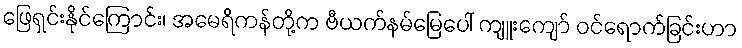
ဖြေရှင်းနိုင်ကြောင်း၊ အမေရိကန်တို့က ဗီယက်နမ်မြေပေါ် ကျူးကျော် ဝင်ရောက်ခြင်းဟာ